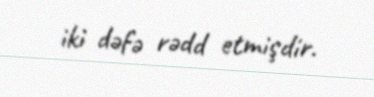
iki dəfə rədd etmişdir.